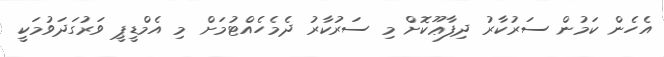
އެހެން ކަމުން ސަރުކާރު ދިފާޢޫކޮށް މި ސަރުކާރު ދެމެހެއްޓުމަށް މި އެމްޑީޕީ ވަރުގަދަވުމަކީ